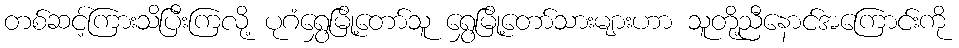
တစ်ဆင့်ကြားသိပြီးကြလို့ ပုဂံရွှေမြို့တော်သူ ရွှေမြို့တော်သားများဟာ သူတို့ညီနောင်အကြောင်းကို